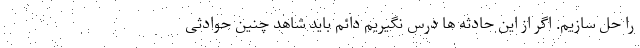
را حل سازیم. اگر از این حادثه ها درس نگیریم دائم باید شاهد چنین حوادثی